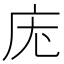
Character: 𭙓